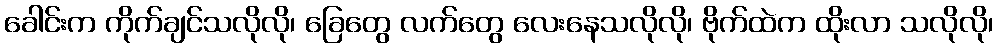
ခေါင်းက ကိုက်ချင်သလိုလို၊ ခြေတွေ လက်တွေ လေးနေသလိုလို၊ ဗိုက်ထဲက ထိုးလာ သလိုလို၊